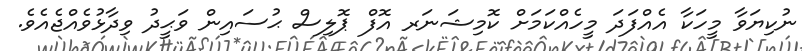
ނުކިޔަވާ މީހަކާ އެއްފަދަ މީހެއްކަމަށް ކޮމިޝަނަރ އޮފް ޕޮލިސް ޙުސައިން ވަޙީދު ވިދާޅުވެއްޖެއެވެ.